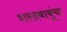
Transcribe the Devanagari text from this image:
शरदबाबूंचा